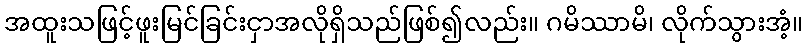
အထူးသဖြင့်ဖူးမြင်ခြင်းငှာအလိုရှိသည်ဖြစ်၍လည်း။ ဂမိဿာမိ၊ လိုက်သွားအံ့။